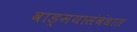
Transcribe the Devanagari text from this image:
वाङ्‌मयासंबंधात